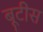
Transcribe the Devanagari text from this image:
बूटीस